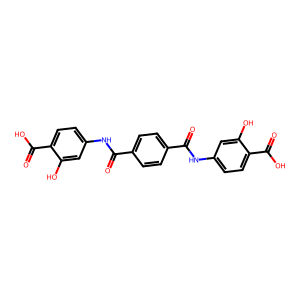
SMILES: O=C(Nc1ccc(C(=O)O)c(O)c1)c1ccc(C(=O)Nc2ccc(C(=O)O)c(O)c2)cc1
Inhibits HIV replication: No